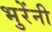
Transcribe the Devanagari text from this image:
भुरेंनी